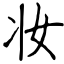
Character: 妆